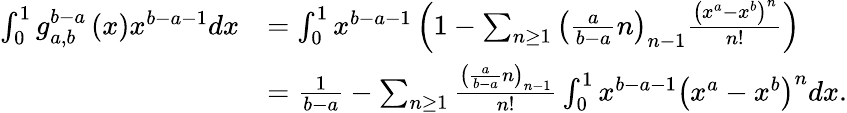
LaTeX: \begin{array}{rl}{\int_{0}^{1}g_{a,b}^{b-a}\left(x\right)x^{b-a-1}dx}&{=\int_{0}^{1}x^{b-a-1}\left(1-\sum_{n\ge 1}\left(\frac{a}{b-a}n\right)_{n-1}\frac{\left(x^{a}-x^{b}\right)^{n}}{n!}\right)}\\ &{=\frac{1}{b-a}-\sum_{n\ge 1}\frac{\left(\frac{a}{b-a}n\right)_{n-1}}{n!}\int_{0}^{1}x^{b-a-1}\left(x^{a}-x^{b}\right)^{n}dx.}\end{array}